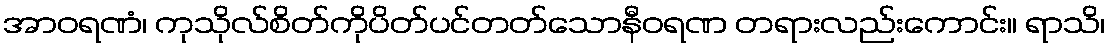
အာဝရဏံ၊ ကုသိုလ်စိတ်ကိုပိတ်ပင်တတ်သောနီဝရဏ တရားလည်းကောင်း။ ရာသိ၊